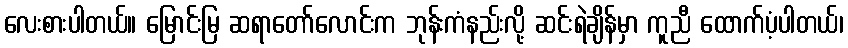
လေးစားပါတယ်။ မြောင်းမြ ဆရာတော်လောင်းက ဘုန်းကံနည်းလို့ ဆင်းရဲချိန်မှာ ကူညီ ထောက်ပံ့ပါတယ်၊